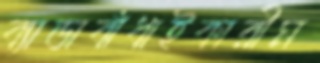
ব্যাডাবাঁধাইকারীম